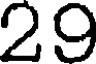
29